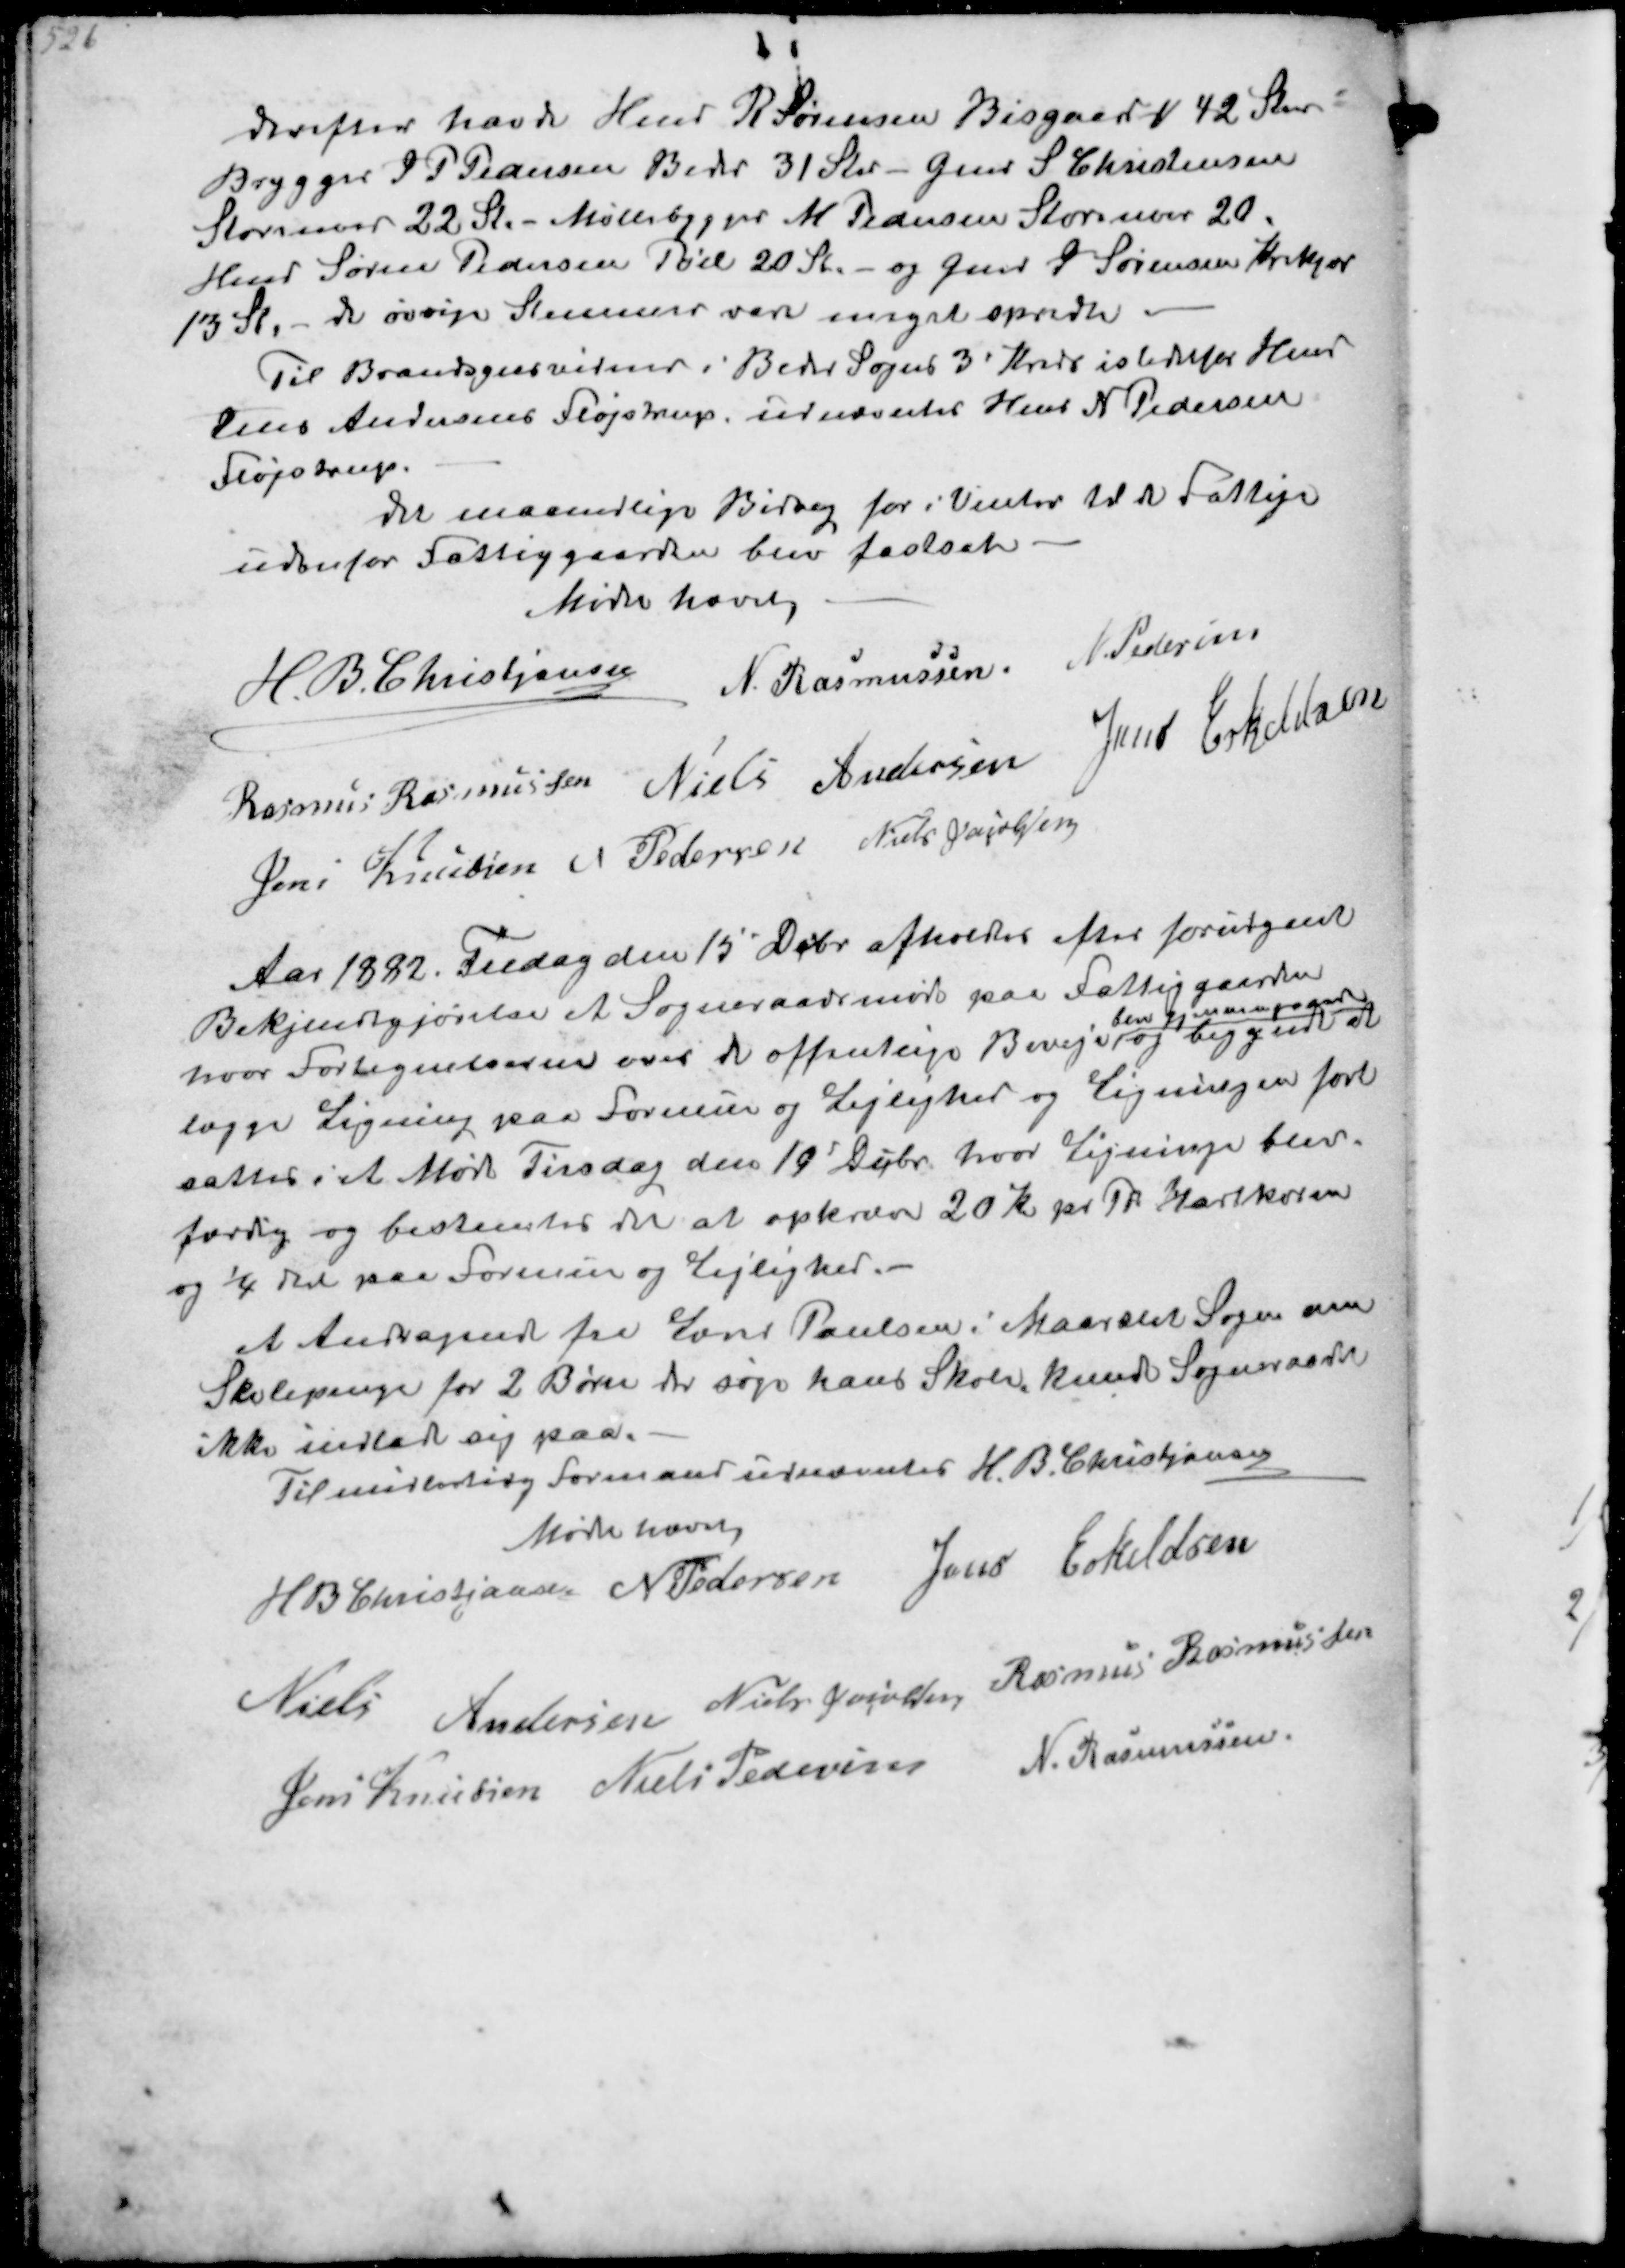
Transskription:
derefter havde Hmd R Sørensen Bisgaard 42 Stem
Brygger J P Pedersen Beder 31 Stm - Gmd S Christensen
Storenor 22 Stm Møllebygger M Pedersen Storenor 20
Hmd Søren Pedersen Pøel 20 St og Gmd J Sørensen Krekjær
13 St, de øvrige Stemmer var meget spredt
Til Brandsynsvidner i Beder Sogns 3' Kreds istedetfor Hmd
Jens Andersen Fløjstrup udnævntes Hmd N Pedersen
Fløjstrup
Det maanedlige Bidrag for i Vinter til de Fattige
udenfor Fattiggaarden blev fastsat
Mødet hævet
H B Christjansen
N Rasmussen
N Pedersen
Rasmus Rasmussen
Niels Andersen
Jens Eskildsen
Jens Knudsen
N Pedersen
Niels Jacobsen

Aar 1882 Fredag den 15 Dcbr afholdtes efter forudgaaet
Bekjendtgjørelse et Sogneraadsmøde paa Fattiggaarden
hvor Fortegnelsen over de offentlige Biveje
blev gjennemgaaede
og begyndte at
lægge Ligning paa Formue og Lejlighed og Ligningen fort-
sætter i et Møde Tirsdag den 19' Dcbr hvor Ligningen blev
færdig og bestemtes det at opkræve 20 Kr. pr Td Hartkorn
og 1/4  paa Formue og Lejlighed
Et Andragende fra Lone Paulsen i Maarslet Sogn om
Skolepenge for 2 Børn der søger  Skole  kunde Sogneraadet
ikke indlade sig paa
Til midlertidig Formand udnævntes H B Christjansen
Mødet hævet
H B Christjansen
N Pedersen
Jens Eskildsen
Niels Andersen
Niels Jacobsen
Rasmus Rasmussen
Jens Knudsen
Niels Pedersen
N Rasmussen